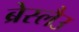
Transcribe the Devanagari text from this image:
ब्रेस्लैउ